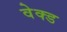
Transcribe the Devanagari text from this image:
वेक्ड